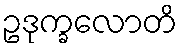
ဥဒုက္ခလောတိ